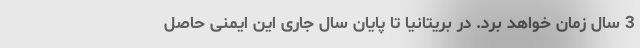
3 سال زمان خواهد برد. در بریتانیا تا پایان سال جاری این ایمنی حاصل